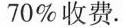
70%收费。